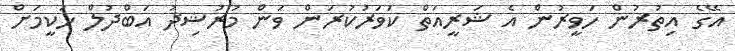
އޭގެ އިތުރުން ހަވީރުން އެ ޝަރީއަތް ކަވަރުކުރަން ވަން މުރުޝިދު އަބްދުލް ހަކީމަށް